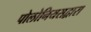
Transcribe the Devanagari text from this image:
पोलोनियसद्वारा